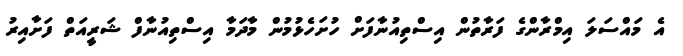
އެ މައްސަލަ އިމްރާންގެ ފަރާތުން އިސްތިއުނާފަށް ހުށަހެޅުމުން މާދަމާ އިސްތިއުނާފް ޝަރީއަތް ފަށާއިރު